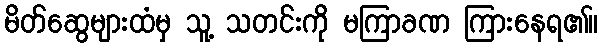
မိတ်ဆွေများထံမှ သူ့ သတင်းကို မကြာခဏ ကြားနေရ၏။